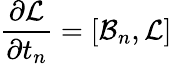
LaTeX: {\frac{\partial{\cal L}}{\partial t_{n}}}=[{\cal B}_{n},{\cal L}]